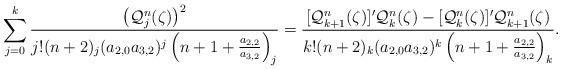
LaTeX: \begin{align*}\sum_{j=0}^k\frac{\left({\mathcal Q}_j^n(\zeta)\right)^2}{j!(n+2)_j(a_{2,0}a_{3,2})^j\left(n+1+\frac{a_{2,2}}{a_{3,2}}\right)_j}=\frac{[{\mathcal Q}_{k+1}^n(\zeta)]'{\mathcal Q}_{k}^n(\zeta)-[{\mathcal Q}_{k}^{n}(\zeta)]'{\mathcal Q}_{k+1}^n(\zeta)}{k!(n+2)_k(a_{2,0}a_{3,2})^k\left(n+1+\frac{a_{2,2}}{a_{3,2}}\right)_k}.\end{align*}